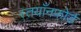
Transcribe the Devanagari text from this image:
स्तयाँनफोर्ड